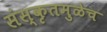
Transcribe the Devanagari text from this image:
संस्कृतमुळेच